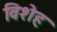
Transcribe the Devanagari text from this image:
विशेह